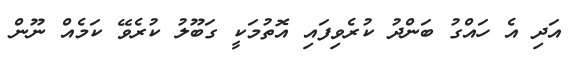
އަދި އެ ހައްގު ބަންދު ކުރެވިފައި އޮތުމަކީ ގަބޫލު ކުރެވޭ ކަމެއް ނޫން